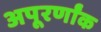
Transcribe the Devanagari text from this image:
अपूरर्णांक